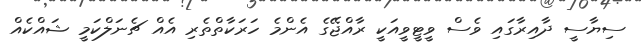
ސިޔާސީ ދާއިރާގައި ވެސް ވީޓީވީއަކީ ރާއްޖޭގެ އެންމެ ހަރަކާތްތެރި އެއް ޗެނަލްކަމީ ޝައްކެއް